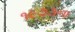
૧૯૭૩ના